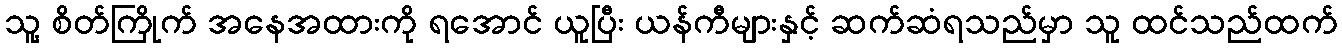
သူ့ စိတ်ကြိုက် အနေအထားကို ရအောင် ယူပြီး ယန်ကီများနှင့် ဆက်ဆံရသည်မှာ သူ ထင်သည်ထက်